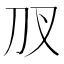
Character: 𭃇